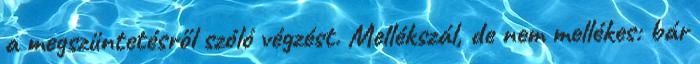
a megszüntetésről szóló végzést. Mellékszál, de nem mellékes: bár